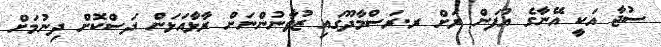
ސުޖާ އަކީ އޭނާގެ އުފަން ރަށް ރ.ރަސްމާދޫގައި ޒުވާނުންނަށް ރާޅާއަޅަން ދަސްކޮށް ދިނުމަށް